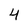
Character: 4